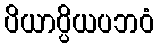
ပိယာပ္ပိယပဘဝံ